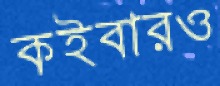
কইবারও